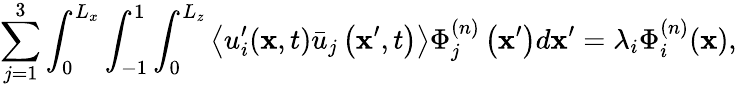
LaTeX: \sum_{j=1}^{3}\int_{0}^{L_{x}}\int_{-1}^{1}\int_{0}^{L_{z}}\left\langle u_{i}^{\prime}(\mathbf{x},t)\bar{u}_{j}\left(\mathbf{x}^{\prime},t\right)\right\rangle\Phi_{j}^{(n)}\left(\mathbf{x}^{\prime}\right)d\mathbf{x}^{\prime}=\lambda_{i}\Phi_{i}^{(n)}(\mathbf{x}),